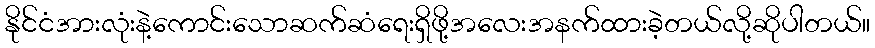
နိုင်ငံအားလုံးနဲ့ကောင်းသောဆက်ဆံရေးရှိဖို့အလေးအနက်ထားခဲ့တယ်လို့ဆိုပါတယ်။